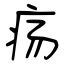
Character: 疡